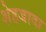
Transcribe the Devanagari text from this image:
शेहजादा